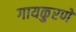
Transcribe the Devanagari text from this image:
गायकुरणे